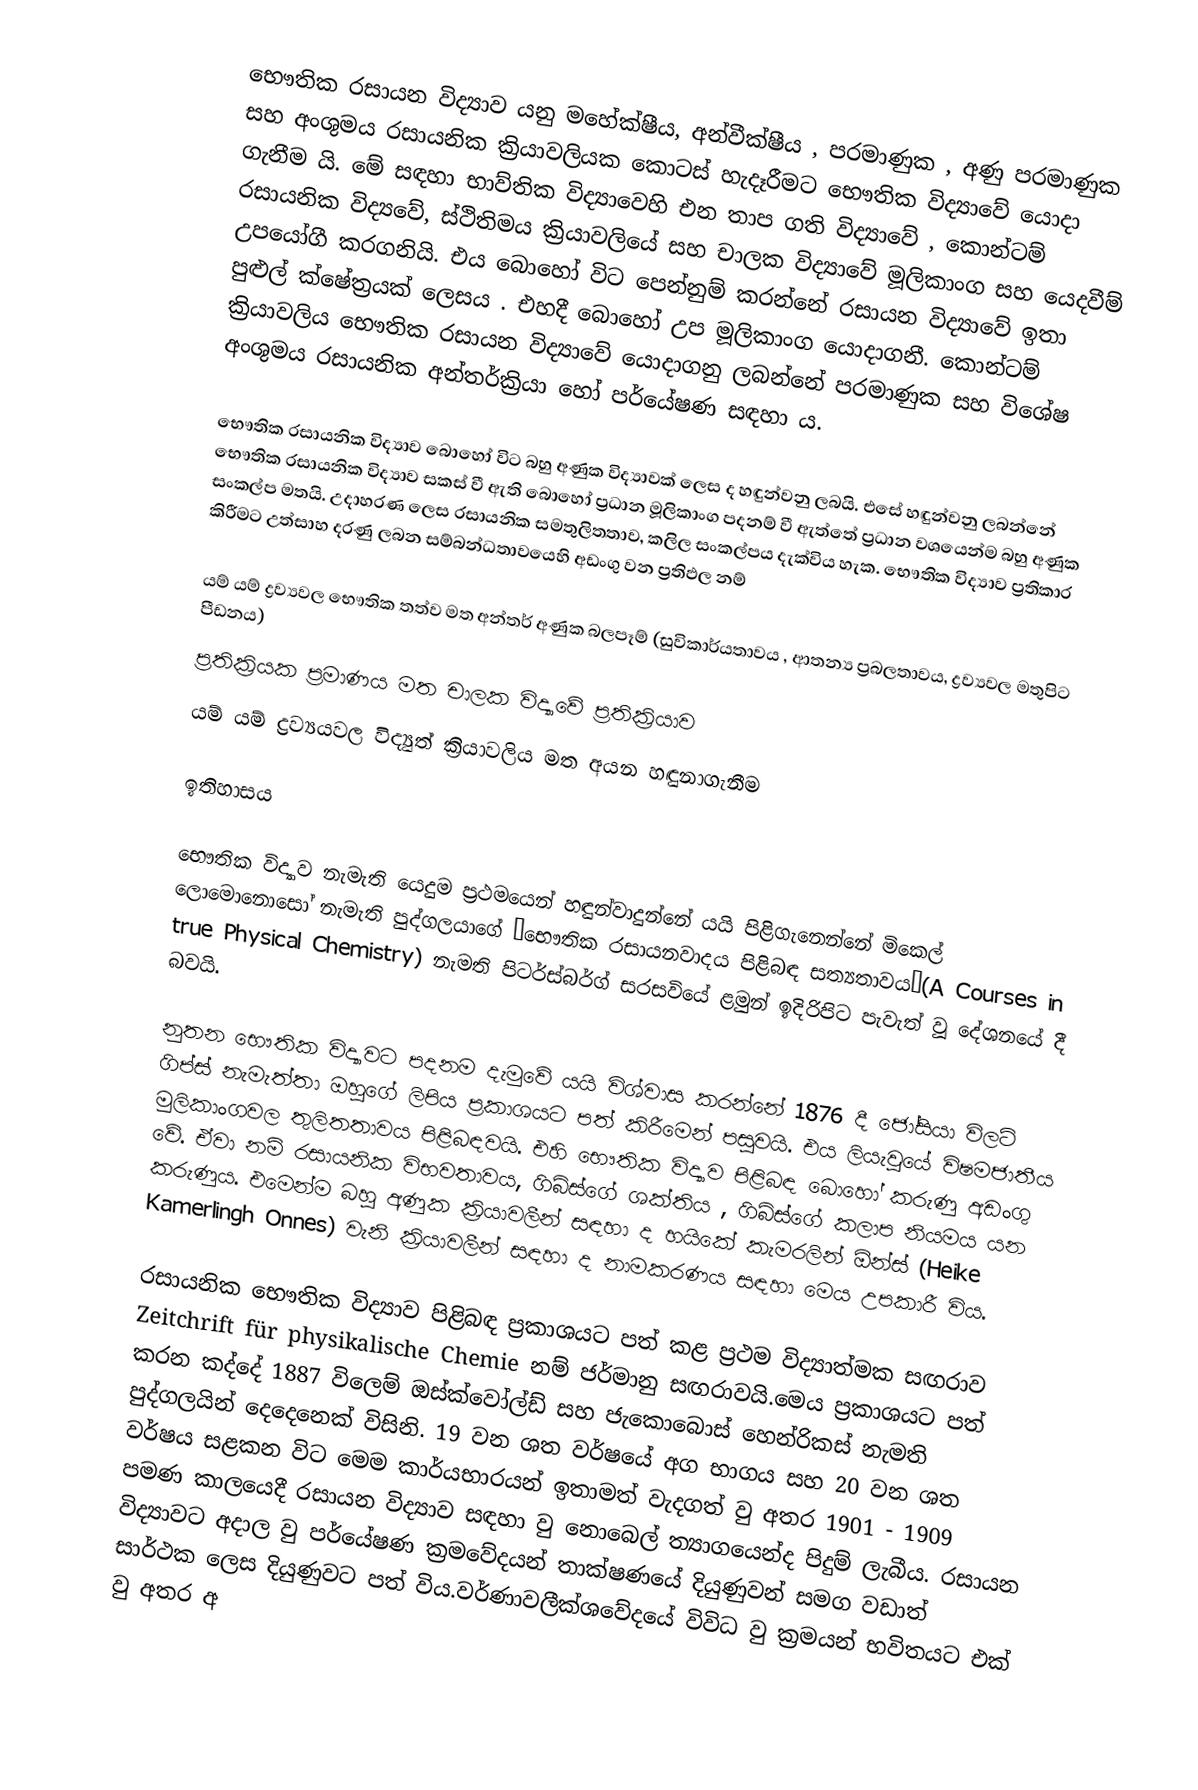
භෞතික රසායන විද්‍යාව යනු මහේක්ෂීය,  අන්වීක්ෂීය  , පරමාණුක , අණු පරමාණුක සහ අංශුමය රසායනික ක්‍රියාවලියක කොටස් හැදෑරීමට භෞතික විද්‍යාවේ යොදා ගැනීම යි.  මේ සඳහා භාව්තික විද්‍යාවෙහි එන තාප ගති විද්‍යාවේ , කොන්ටම් රසායනික විද්‍යවේ,  ස්ථිතිමය ක්‍රියාවලියේ සහ චාලක විද්‍යාවේ මූලිකාංග සහ යෙදවීම් උපයෝගී කරගනියි.  එය බොහෝ විට පෙන්නුම් කරන්නේ රසායන විද්‍යාවේ ඉතා පුළුල් ක්ෂේත්‍රයක් ලෙසය . එහදී බොහෝ උප මූලිකාංග යොදාගනී. කොන්ටම් ක්‍රියාවලිය  භෞතික රසායන විද්‍යාවේ යොදාගනු ලබන්නේ පරමාණුක සහ විශේෂ අංශුමය රසායනික අන්තර්ක්‍රියා හෝ පර්යේෂණ සඳහා ය.

භෞතික රසායනික විද්‍යාව බොහෝ විට  බහු අණුක විද්‍යාවක් ලෙස ද හඳුන්වනු ලබයි.  එසේ හඳුන්වනු ලබන්නේ භෞතික රසායනික විද්‍යාව සකස් වී ඇති බොහෝ ප්‍රධාන මූලිකාංග පදනම් වී ඇත්තේ ප්‍රධාන වශයෙන්ම බහු අණුක සංකල්ප මතයි.  උදාහරණ ලෙස රසායනික සමතුලිතතාව, කලිල සංකල්පය දැක්විය හැක.  භෞතික විද්‍යාව ප්‍රතිකාර කිරීමට උත්සාහ දරණු ලබන සම්බන්ධතාවයෙහි අඩංගු වන  ප්‍රතිඵල නම්

	යම් යම් ද්‍රව්‍යවල භෞතික තත්ව මත  අන්තර් අණුක බලපෑම් (සුවිකාර්යතාවය , ආතන්‍ය ප්‍රබලතාවය, ද්‍රව්‍යවල මතුපිට පීඩනය)
	ප්‍රතික්‍රියක ප්‍රමාණය මත චාලක විද්‍යාවේ ප්‍රතික්‍රියාව
	යම් යම් ද්‍රව්‍යයවල විද්‍යුත් ක්‍රියාවලිය මත අයන හඳුනාගැනීම

ඉතිහාසය

භෞතික විද්‍යාව නැමැති යෙදුම ප්‍රථමයෙන් හඳුන්වාදුන්නේ යයි පිළිගැනෙ‍න්නේ මිකෙල් ලොමොනොසෝ නැමැති පුද්ගලයාගේ ‘භෞතික රසායනවාදය පිළිබඳ සත්‍යතාවය’(A Courses in true Physical Chemistry)  නැමති පිටර්ස්බර්ග් සරසවියේ ළමුන් ඉදිරිපිට පැවැත් වූ දේශනයේ දී බවයි.

‍නුතන භෞතික විද්‍යාවට පදනම දැමුවේ යයි විශ්වාස කරන්නේ 1876 දී ජෝසියා විලට් ගිප්ස් නැමැත්‍තා ඔහුගේ ලිපිය ප්‍රකාශයට පත් කිරීමෙන් පසුවයි.  එය ලියැවුයේ විෂමජාතීය මුලිකාංගවල තුලිතතාවය පිළිබඳවයි.  එහි භෞතික විද්‍යාව පිළිබඳ බොහෝ කරුණු අඩංගු වේ.  ඒවා නම් රසායනික විභවතාවය, ගිබ්ස්ගේ ශක්තිය  , ගිබ්ස්ගේ කලාප නියමය  යන කරුණුය.  එමෙන්ම   බහු අණුක ක්‍රියාවලීන් සඳහා  ද හයිකේ කැමරලින් ඕන්ස්  (Heike Kamerlingh Onnes)  වැනි ක්‍රියාවලීන් සඳහා ද නාමකරණය සඳහා මෙය උපකාරී විය.

රසායනික භෞතික විද්‍යාව පිළිබඳ ප්‍රකාශයට පත් කළ ප්‍රථම විද්‍යාත්මක සඟරාව  Zeitchrift für physikalische Chemie නම් ජර්මානු සඟරාවයි.මෙය ප්‍රකාශයට පත් කරන කද්දේ 1887 විලෙම් ඔස්ක්වෝල්ඩ් සහ ජැකොබොස් හෙන්රිකස් නැමති පුද්ගලයින් දෙදෙනෙක් විසිනි. 19 වන ශත වර්ෂයේ අග භාගය සහ 20 වන ශත වර්ෂය සළකන විට මෙම කාර්යභාරයන් ඉතාමත් වැදගත් වු අතර 1901 - 1909 පමණ කාලයෙදී රසායන විද්‍යාව සඳහා වු නොබෙල් ත්‍යාගයෙන්ද පිදුම් ලැබීය. රසායන විද්‍යාවට අදාල වු පර්යේෂණ ක්‍රමවේදයන් තාක්ෂණයේ දියුණුවන් සමග වඩාත් සාර්ථක ලෙස දියුණුවට පත් විය.වර්ණාවලීක්ශවේදයේ විවිධ වු ක්‍රමයන් භවිතයට එක් වු අතර අ